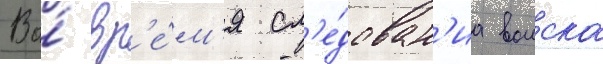
Во́ вр'е́м'я сл'е́дован'иа воиска